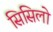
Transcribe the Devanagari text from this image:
सिसिलो